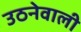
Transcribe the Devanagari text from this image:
उठनेवाली